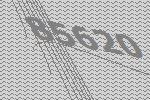
85620